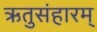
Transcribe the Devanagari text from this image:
ऋतुसंहारम्